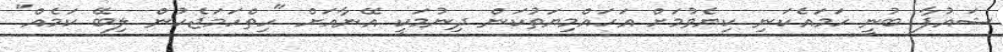
ޝައުފާ ބުނީ ހަމައެކަނި ކިޔެވުމަށް އަހައްމިޔަތުކަން ދިނުމަކީ އޭނާއަށް "ހިތްހަމަޖެހުން ލިބޭ ކަމެއް"